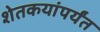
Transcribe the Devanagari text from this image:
शेतकयांपर्यंत